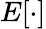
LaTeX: E[\cdot]